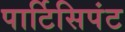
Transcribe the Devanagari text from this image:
पार्टिसिपंट